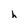
Character: h